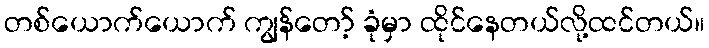
တစ်ယောက်ယောက် ကျွန်တော့် ခုံမှာ ထိုင်နေတယ်လို့ထင်တယ်။